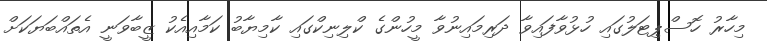
މިހާރު ހޮސްޕިޓަލުގައި ހުޅުވާފައިވާ ދަރިމައިނުވާ މީހުންގެ ކްލިނިކްގައި ކާމިޔާބު ކަމާއިއެކު ޒީބާވަނީ އެތައްބަޔަކަށް